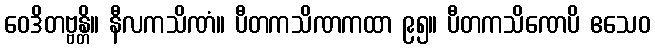
ဝေဒိတဗ္ဗန္တိ။ နီလကသိဏံ။ ပီတကသိဏကထာ ၉၅။ ပီတကသိဏေပိ ဧသေဝ